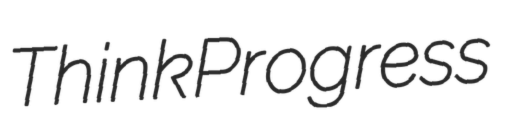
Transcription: ThinkProgress